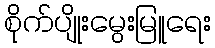
စိုက်ပျိုးမွေးမြူရေး